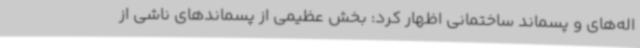
اله‌های و پسماند ساختمانی اظهار کرد: بخش عظیمی از پسماندهای ناشی از